Regulations for the medical services of the Army of India
Year: 1930
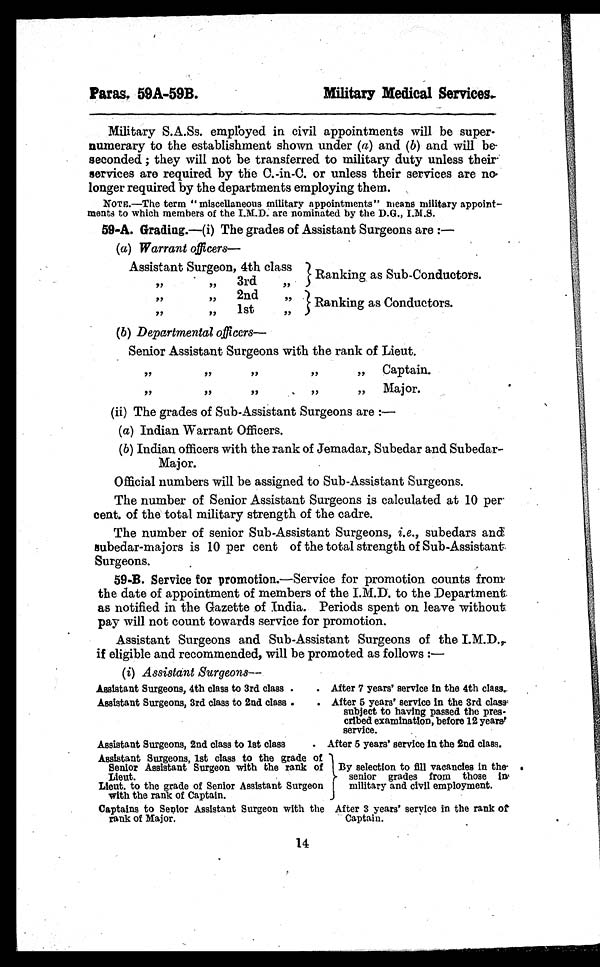
Paras, 59A-59B.
Military Medical Services.
Military S.A.Ss. employed in civil appointments will be super-
numerary to the establishment shown under (a) and (b) and will be-
seconded; they will not be transferred to military duty unless their
services are required by the C.-in-C. or unless their services are no
longer required by the departments employing them.
NOTE.—The term "miscellaneous military appointments" means military appoint-
ments to which members of the I.M.D. are nominated by the D.G., I.M.S.
59-A. Grading.—(i) The grades of Assistant Surgeons are :
—
(a) Warrant officers
Assistant Surgeon, 4th class
Ranking as Sub-Conductors.
, ,
, ,
3rd
, ,
, ,
, ,
2nd
, ,
Ranking as Conductors.
, ,
, ,
1st
(b) Departmental officers—
Senior Assistant Surgeons with the rank of Lieut.
,, ,, ,, Captain.
, ,
, ,
M a j o r .
, ,
(ii) The grades of Sub-Assistant Surgeons are :
—
(a) Indian Warrant Officers.
(b)Indian officers with the rank of Jemadar, Subedar and Subedar -
Major.
Official numbers will be assigned to Sub-Assistant Surgeons.
The number of Senior Assistant Surgeons is calculated at 10 per
cent. of the total military strength of the cadre.
The number of senior Sub-Assistant Surgeons, i.e., subedars and
Subedar-majors is 10 per cent of the total strength of Sub-Assistant
Surgeons.
59-B. Service for promotion.—Service for promotion counts from
the date of appointment of members of the I.M.D. to the Department
as notified in the Gazette of India. Periods spent on leave without
pay will not count towards service for promotion.
Assistant Surgeons and Sub-Assistant Surgeons of the I.M.D.,
if eligible and recommended, will be promoted as follows :—
(i) Assistant Surgeons—
Assistant Surgeons, 4th class to 3rd class
After 7 years' service in the 4th class.
Assistant Surgeons, 3rd class to 2nd class
After 5 years' service in the 3rd class,
subject to having passed the pres-
cribed examination, before 12 years,
service.
Assistant Surgeons, 2nd class to 1st class
After 5 years' service in the 2nd class.
Assistant Surgeons, 1st class to the grade of
Senior Assistant Surgeon with the rank of
Lieut.
By selection to fill vacancies in the
senior grades from those in
military and civil employment.
Lieut. to the grade of Senior Assistant Surgeon
with the rank of Captain.
Captains to Senior Assistant Surgeon with the
rank of Major.
After 3 years' service in the rank of
Captain.
14